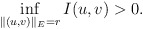
\begin{align*}\mathop{\inf}\limits_{\|(u,v)\|_{E}=r}I(u,v)>0.\end{align*}